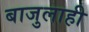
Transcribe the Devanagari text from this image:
बाजुलाही